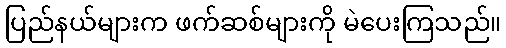
ပြည်နယ်များက ဖက်ဆစ်များကို မဲပေးကြသည်။